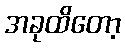
အခုထိတော့